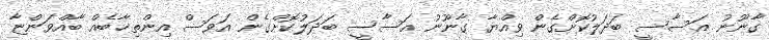
ގާނޫނު އަސާސީ ބަދަލުކޮށްގެން ވިއްޔާ ގާނޫނު އަސާސީ ބަދަލުކޮށްގެން އަވަސް އިންތިޚާބެއް ބާއްވަންޏާ